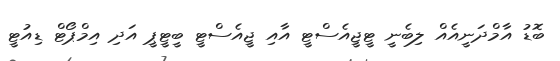
ބޮޑު އާމްދަނީއެއް ލިބެނީ ޓީޖީއެސްޓީ އާއި ޖީއެސްޓީ ބީޓީޕީ އަދި އިމްޕޯޓް ޑިއުޓީ